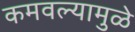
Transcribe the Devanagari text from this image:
कमवल्यामुळे